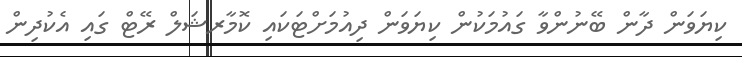
ކިޔަވަން ދާން ބޭނުންވާ ގައުމަކުން ކިޔަވަން ދިއުމަށްޓަކައި ކޮމާރޝަލް ރޭޓް ގައި އެކުދިން